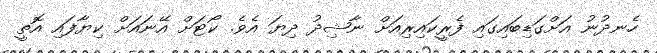
ހެނދުނު އަށްގަޑިބައިގައި ފެރީކައިރިއަށް ނާޝިދު ދިޔަ އެވެ. ކޯޓަށް އޭނައަށް ކިޔާފައި އޮތީ